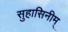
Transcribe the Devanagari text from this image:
सुहासिनीम्